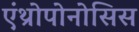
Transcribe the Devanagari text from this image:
एंथ्रोपोनोसिस